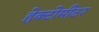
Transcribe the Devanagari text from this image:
हेक्टोमीटर